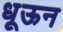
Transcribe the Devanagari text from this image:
धूऊन